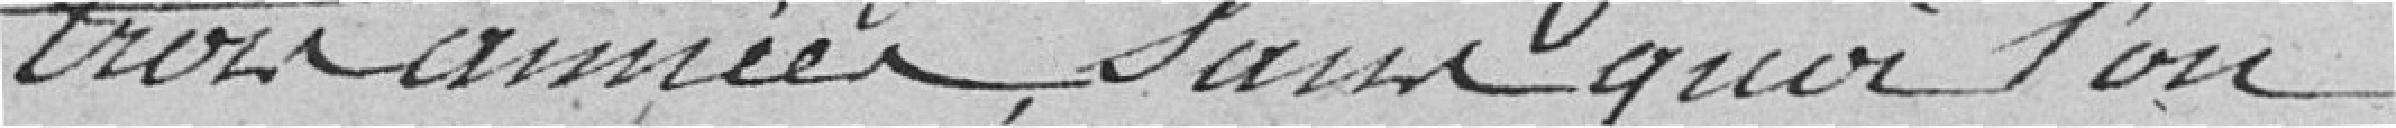
trois années, sans quoi l'on